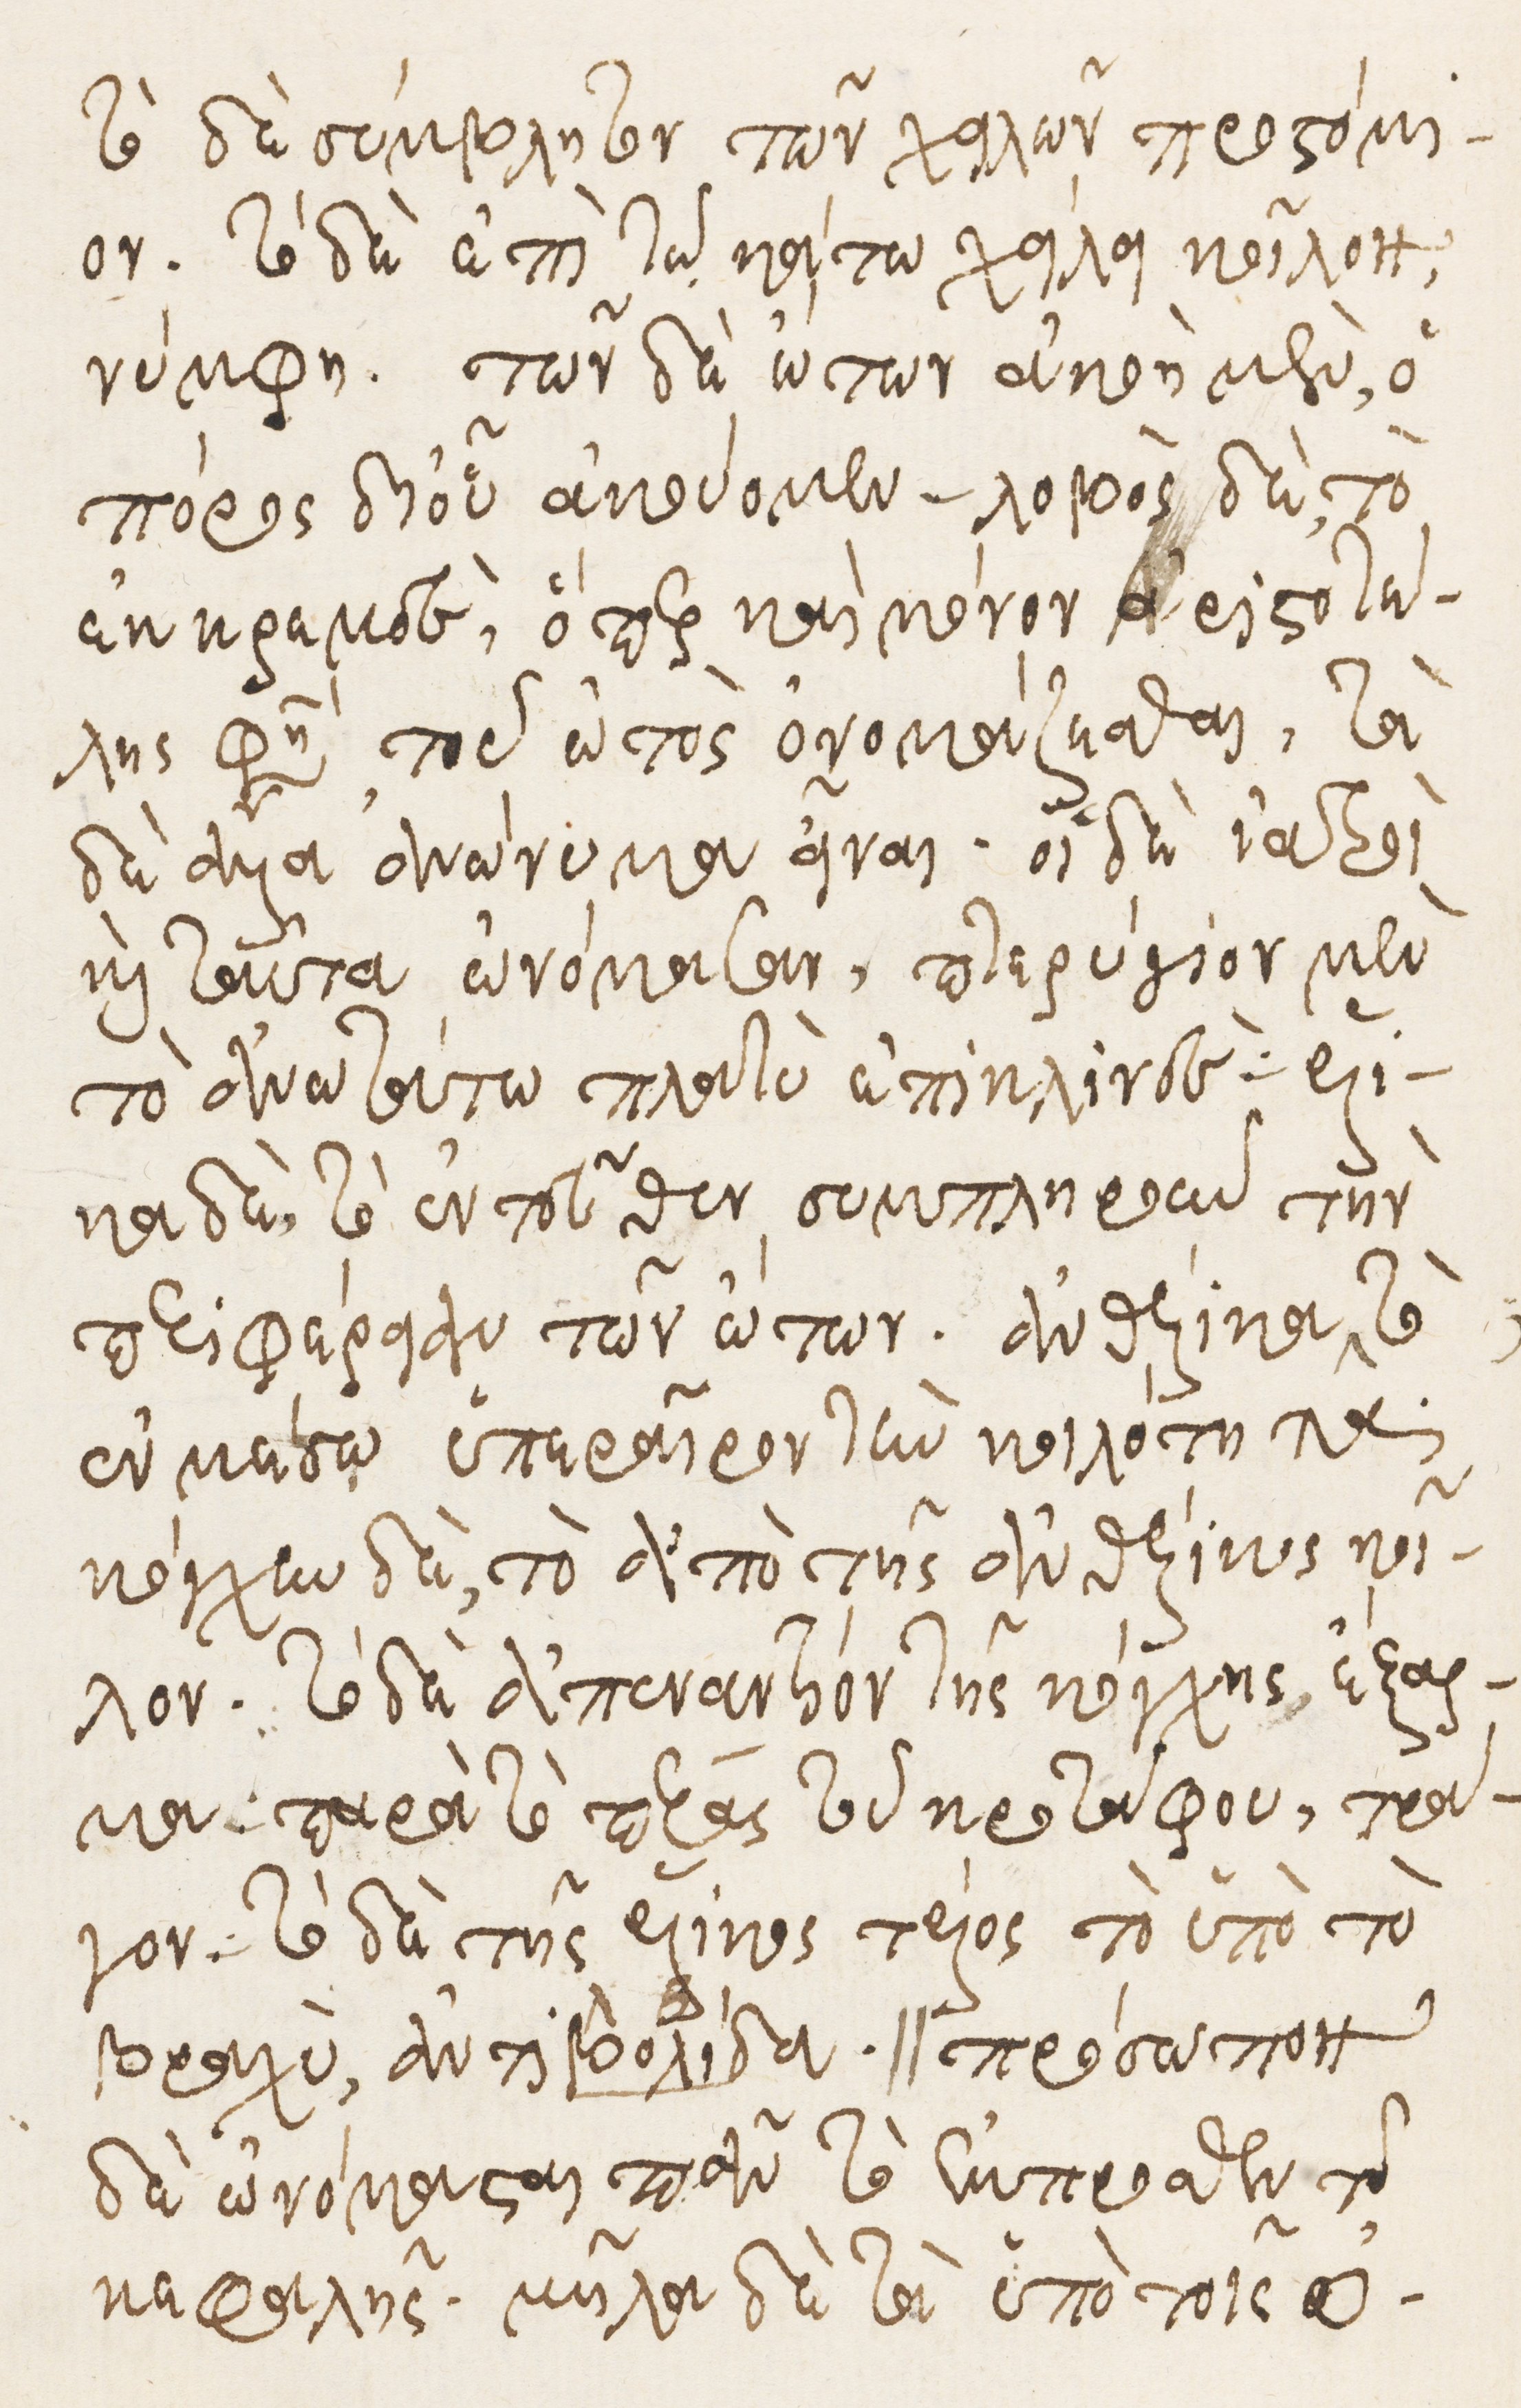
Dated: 1535–1575